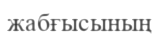
жабғысының